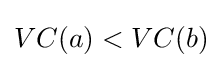
VC(a)<VC(b)